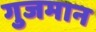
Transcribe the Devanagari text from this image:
गुजमान